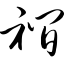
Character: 裥